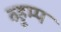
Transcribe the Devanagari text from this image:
व्हूम्प